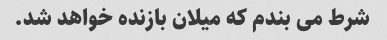
شرط می بندم که میلان بازنده خواهد شد.